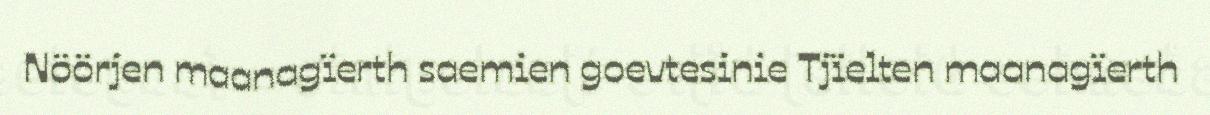
Nöörjen maanagïerth saemien goevtesinie Tjïelten maanagïerth